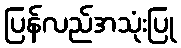
ပြန်လည်အသုံးပြု